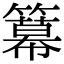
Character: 𥵵